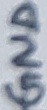
Text: GND